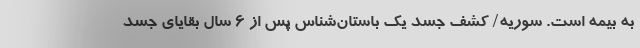
به بیمه است. سوریه/ کشف جسد یک باستان‌شناس پس از ۶ سال بقایای جسد